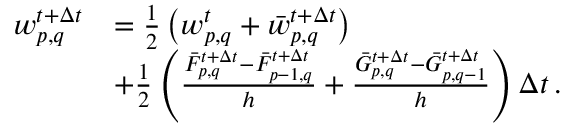
\begin{array} { r l } { w _ { p , q } ^ { t + \Delta t } } & { = \frac { 1 } { 2 } \left( w _ { p , q } ^ { t } + \bar { w } _ { p , q } ^ { t + \Delta t } \right) } \\ & { + \frac { 1 } { 2 } \left( \frac { \bar { F } _ { p , q } ^ { t + \Delta t } - \bar { F } _ { p - 1 , q } ^ { t + \Delta t } } { h } + \frac { \bar { G } _ { p , q } ^ { t + \Delta t } - \bar { G } _ { p , q - 1 } ^ { t + \Delta t } } { h } \right) \Delta t \, . } \end{array}